Sanitation, dispensaries and jails vaccination Rajputana 1922-1927 - 1922-1927
Year: 1922
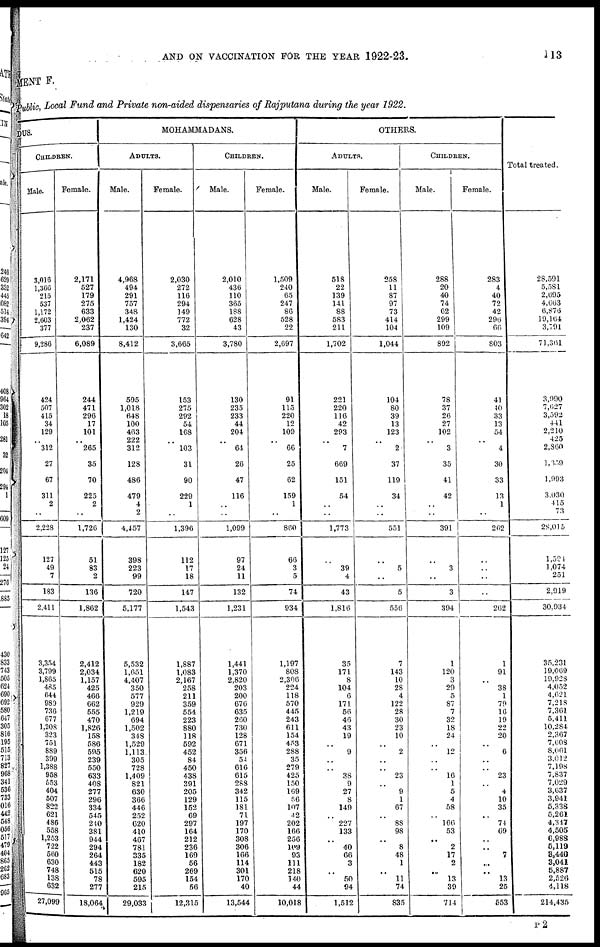
AND ON VACCINATION FOR THE YEAR 1922-23.
113
MENT F.
Public, Local Fund and Private non-aided dispensaries of Rajputana during the year 1922.
DUS.
CHILDREN.
Male.
3,016
1,366
215
537
1,172
2,603
377
9,286
424
507
415
34
129
..
312
27
67
311
2
..
2,228
127
49
7
183
2,411
3,354
3,799
1,865
485
644
989
736
677
1,208
323
751
889
399
1,388
958
553
404
507
822
621
486
558
1,253
722
560
630
748
138
632
27,099
Female.
2,171
527
179
275
633
2,062
237
6,089
244
471
296
17
101
..
265
35
70
225
2
..
1,726
51
83
2
136
1,862
2,412
2,034
1,157
425
466
662
555
470
1,826
158
586
595
239
550
633
408
277
296
334
545
240
381
944
294
264
443
515
78
277
18,064
MOHAMMADANS.
ADULTS.
Male.
4,968
494
291
757
348
1,424
130
8,412
595
1,018
648
100
463
222
312
128
486
479
4
2
4,457
398
223
99
720
5,177
5,532
1,651
4,407
350
577
929
1,219
694
1,502
348
1,529
1,113
305
728
1,409
821
630
366
446
252
620
410
467
781
335
182
620
595
215
29,033
Female.
2,030
272
116
294
149
772
32
3,665
153
275
292
54
168
..
103
31
90
229
1
..
1,396
112
17
18
147
1,543
1,887
1,083
2,167
258
211
359
554
223
880
118
592
452
84
450
438
391
205
129
152
69
297
164
212
236
169
56
269
154
56
12,315
CHILDREN.
Male.
2,010
436
110
365
188
628
43
3,780
130
235
233
44
204
..
64
26
47
116
..
..
1,099
97
24
11
132
1,231
1,441
1,370
2,820
203
200
676
635
260
730
128
671
356
54
616
615
288
342
115
181
71
197
170
308
306
166
114
301
170
40
13,544
Female.
1,509
240
65
247
86
528
22
2,697
91
115
220
12
109
..
66
25
62
159
1
..
860
66
3
5
74
934
1,197
808
2,306
224
118
570
445
243
611
154
453
288
35
279
425
150
169
56
107
42
202
166
256
109
93
111
218
140
44
10,018
OTHERS.
ADULTS.
Male.
518
22
139
141
88
583
211
1,702
221
220
116
42
293
..
7
669
151
54
..
..
1,773
..
39
4
43
1,816
35
171
8
104
6
171
56
46
43
19
..
9
..
..
38
9
27
8
149
..
227
133
..
40
66
3
..
50
94
1,512
Female.
258
11
87
97
73
414
104
1,044
104
80
39
13
123
..
2
37
119
34
..
..
551
..
5
..
5
556
7
143
10
28
4
122
28
30
23
10
..
2
..
..
23
..
9
1
67
..
88
98
..
8
48
1
..
11
74
835
CHILDREN.
Male.
288
20
40
74
62
299
109
892
78
37
26
27
102
..
3
35
41
42
..
..
391
..
3
..
3
394
1
120
3
29
5
87
7
32
18
24
..
12
..
..
16
1
5
4
58
..
166
53
..
2
17
2
..
13
39
714
Female.
283
4
40
72
42
296
66
803
41
40
33
13
54
..
4
30
33
13
1
..
262
..
..
..
..
262
1
91
..
38
1
79
16
19
22
20
..
6
..
..
23
..
4
10
35
..
74
69
..
..
7
..
..
13
25
553
Total treated.
28,591
5,581
2,695
4,663
6,876
19,164
3,791
71,361
3,990
7,627
3,592
441
2,210
425
2,860
1,359
1,993
3,030
415
73
28,015
1,594
1,074
251
2,919
30,934
35,231
19,069
19,928
4,052
4,621
7,218
7,361
5,411
10,284
2,367
7,608
8,061
3,012
7,198
7,837
7,029
3,637
3,941
5,338
5,261
4,347
4,505
6,988
5,119
3,440
3,041
5,887
2,526
4,118
214,435
P 2